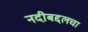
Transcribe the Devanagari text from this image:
नदीबद्दलचा